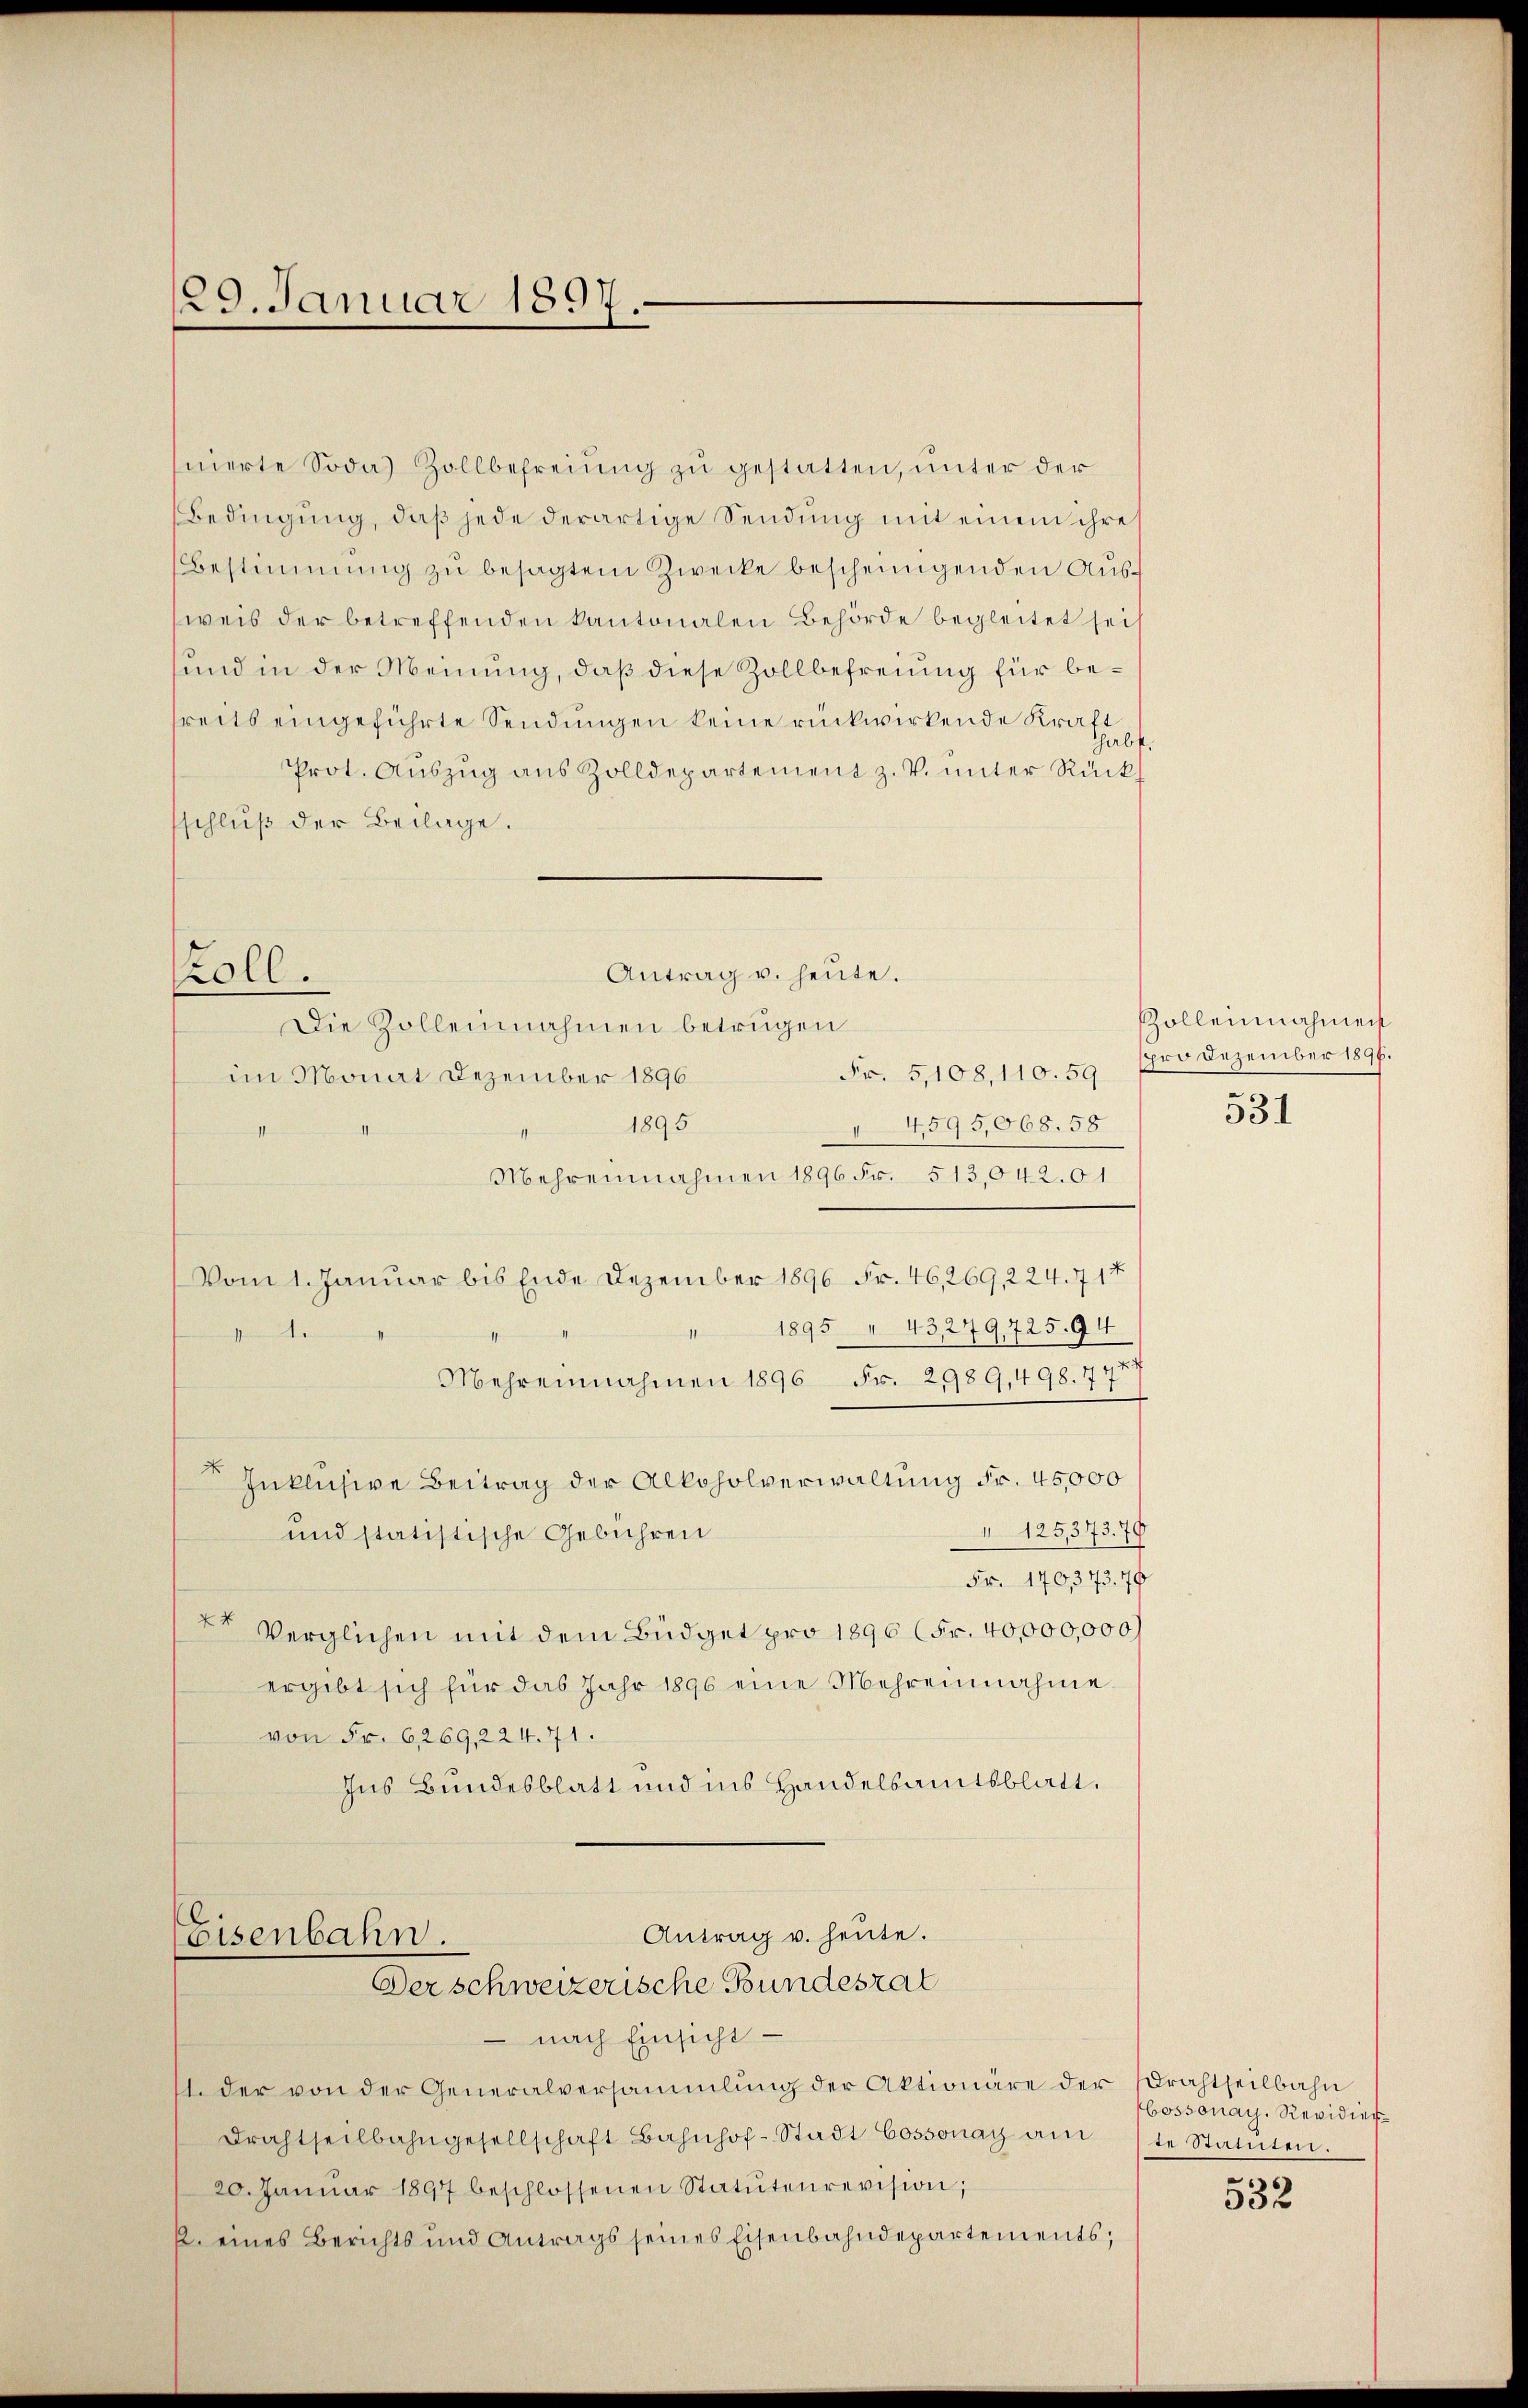
129. Januar 1897.

nierte Soda) Zollbefreiung zu gestatten, unter der
Bedingung, daß jede derartige Sendung mit einem ihre
Bestimmung zu besagtem Zwecke bescheinigenden Ausweis der betreffenden kantonalen Behörde begleitet seit
sund in der Meinung, daß diese Zollbefreiung für besreits eingeführte Sendungen keine rückwirkende Kraft
habt.
Prot. Auszug aus Zolldepartement z. V. unter Rück
sschluß der Beilage.
Antrag u. heute.
Die Zolleinnahmen betrugen
Fr. 5,108,110. 59. 1700 Dezember 1891.
im Monat Dezember 1896
1895
14595,068. 58
Mehreinnahmen 1896 Fr. 513,042.01
Vom 1. Januar bis Ende Dezember 1896 Fr. 46, 269, 224. 717
" 1895 " 43,279,725. 94

Mehreinnahmen 1896 Fr. 2989,498. 777
Inklusive Beitrag der Alkoholverwaltung Fr. 45,000
 125,373. 79
und statistische Gebühren
Fr. 170,373. 70
r Verglichen mit dem Büdget pro 1896 (Fr. 40,000,000)
ergibt sich für das Jahr 1890 eine Mehreinnahme
von Fr. 6269,224. 71.
Ins Bundesblatt und ins Handelsamtsblatt.

oll.

Antrag u. heute.
Eisenbahn.
Der schweizerische Bundesrat

nach Einsicht
11. der von der Generalversammlung der Aktionäre der Brachtheilbahn
Drachtheilbahngesellschaft Bahnhof-Stadt Cossonay am
20. Janŭar 1897 beschlossenen Statuten revision;
k. eines Berichts und Antrags seines Eisenbahndepartements;

Zolleinnahmen

531

bossonay, Revidier
te Statuten.

532